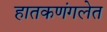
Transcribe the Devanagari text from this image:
हातकणंगलेत